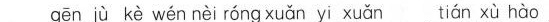
gēn jù kè wén nèi róng xuǎn yi xuǎn tián xù hào